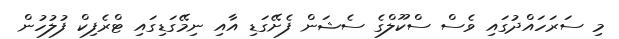
މި ސަރަހައްދުގައި ވެސް ސްކޫލްގެ ސެޝަން ފެށޭގަޑި އާއި ނިމޭގަޑިގައި ޓްރެފިކް ފުލުހުން